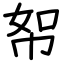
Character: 帤